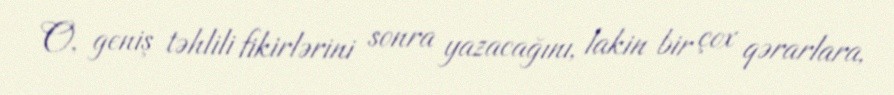
O, geniş təhlili fikirlərini sonra yazacağını, lakin bir çox qərarlara,